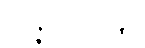
ဥပ္ပဇ္ဇတိ၊ ဖြစ်၏။